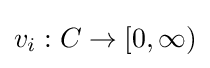
v_{i}:C\to [0,\infty )